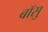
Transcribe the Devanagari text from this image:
बॉसु